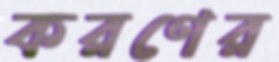
করণের